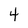
Character: 4